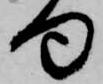
句